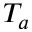
T _ { a }